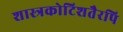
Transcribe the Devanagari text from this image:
शास्त्रकोटिशतैरपि